Senior Leaving Certificate Examination (including Day School Certificate (Higher) General paper), 1949
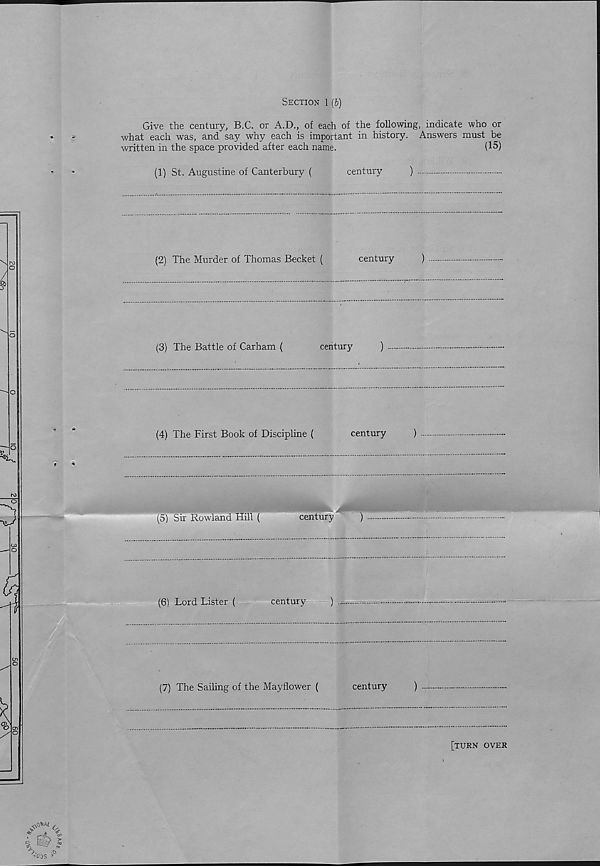
Section 1 [b)
Give the century, B.C. or A.D., of each of the following, indicate who or
what each was, and say why each is important in history. Answers must be
written in the space provided after each name.
(15)
(1) St. Augustine of Canterbury (
century
)
(2) The Murder of Thomas Becket (
century
)
7“
(3) The Battle of Carham (
century
)
(4) The First Book of Discipline (
century
)
(6) Lord Lister (
century
) ....
(7) The Sailing of the Mayflower (
century
)
[turn over